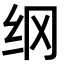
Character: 纲